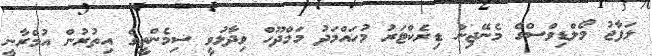
ލަފާޖު މޯލްޑިވްސްގެ މެނޭޖިން ޑިރެކްޓަރު މުހައްމަދު މަމްދޫހް ވިދާޅުވީ ސިމެންތީގެ އިތުރުން އުމްރާނީ